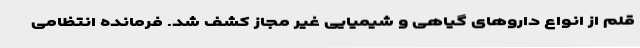
قلم از انواع داروهای گیاهی و شیمیایی غیر مجاز کشف شد. فرمانده انتظامی